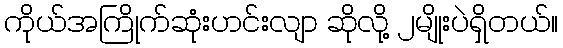
ကိုယ်အကြိုက်ဆုံးဟင်းလျာ ဆိုလို့ ၂မျိုးပဲရှိတယ်။